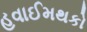
હવાઈમથકો